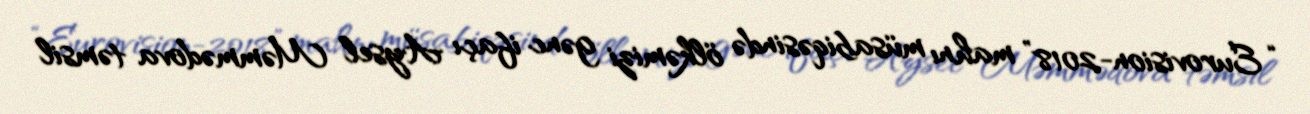
“Eurovision-2018” mahnı müsabiqəsində ölkəmizi gənc ifaçı Aysel Məmmədova təmsil